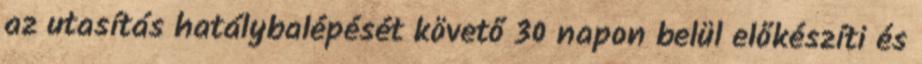
az utasítás hatálybalépését követő 30 napon belül előkészíti és